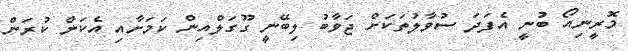
މޮރީނިއޯ ބުނީ އެފަދަ ސުވާލުތަކަށް ޖަވާބު ލިބޭނީ ގޫގަލްއިން ކަމަށާއި އެކަން ކުރަން